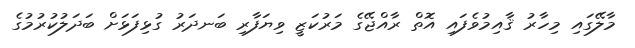
މާލޭގައި މިހާރު ޤާއިމުވެފައި އޮތް ރާއްޖޭގެ މަރުކަޒީ ވިޔަފާރި ބަނދަރު ގުޅިފަޅަށް ބަދަލުކުރުމުގެ